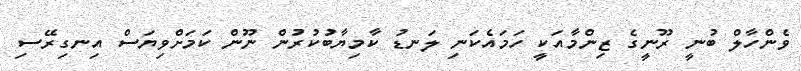
ވެންހާލް ބުނީ ރޫނީގެ ޒިންމާއަކީ ހަމައެކަނި ލަނޑު ކާމިޔާބުކުރުން ނޫން ކަމަށްވިޔަސް އިނގިރޭސި